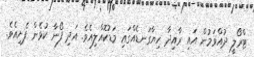
ޓްރޯލީ ދުއްވަމުން އައި ރާއިދާ ހިޔާގަނޑެއްގައި މަޑުކޮއްލިއެވެ. އަދި ފޯނާ ކުޅެން ފެށިއެވެ.